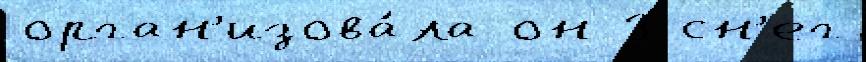
орган'изова́ла он 3 сн'ег